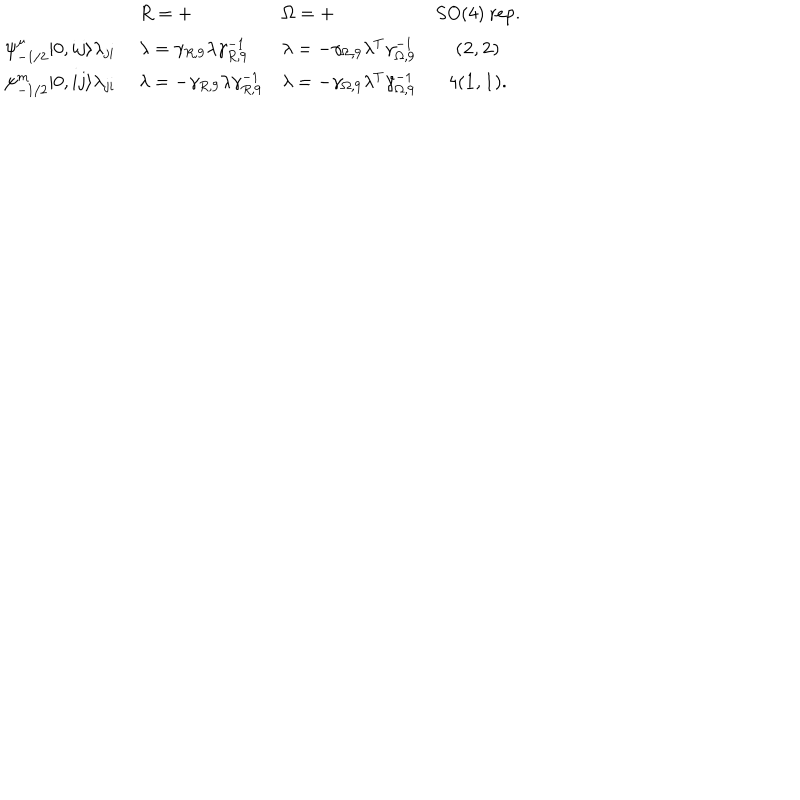
\begin{array} { l l l c } { { } } & { { R = + } } & { { \Omega = + } } & { { S O ( 4 ) \mathrm { ~ r e p . } } } \\ { { \psi _ { - 1 / 2 } ^ { \mu } | 0 , i j \rangle \lambda _ { j i } \ } } & { { \lambda = \gamma _ { R , 9 } \lambda \gamma _ { R , 9 } ^ { - 1 } } } & { { \lambda = - \gamma _ { \Omega , 9 } \lambda ^ { T } \gamma _ { \Omega , 9 } ^ { - 1 } } } & { { ( { \bf 2 } , { \bf 2 } ) } } \\ { { \psi _ { - 1 / 2 } ^ { m } | 0 , i j \rangle \lambda _ { j i } \ } } & { { \lambda = - \gamma _ { R , 9 } \lambda \gamma _ { R , 9 } ^ { - 1 } } } & { { \lambda = - \gamma _ { \Omega , 9 } \lambda ^ { T } \gamma _ { \Omega , 9 } ^ { - 1 } } } & { { 4 ( { \bf 1 } , { \bf 1 } ) . } } \\ \end{array}